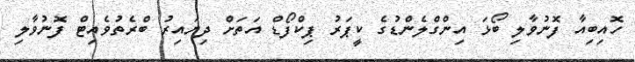
ހޮއިބިއާ ފޮނުވާލި ބޯޅަ އިންގްލެންޑުގެ ކީޕަރު ޕިކްފޯޑް އަތަށް ދިޔައިރު ބްރެތުވެއިޓް ފޮނުވާލި